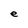
Character: e